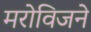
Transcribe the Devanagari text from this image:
मरोविजने